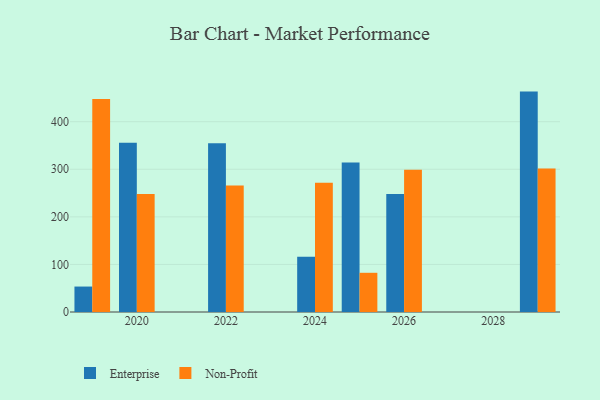
{"axis": {"x": "Year", "y": "Shipments"}, "legend": ["Enterprise", "Non-Profit"], "data": [{"x": "2026", "y": 248.0, "type": "Enterprise"}, {"x": "2026", "y": 298.9, "type": "Non-Profit"}, {"x": "2019", "y": 53.5, "type": "Enterprise"}, {"x": "2019", "y": 447.9, "type": "Non-Profit"}, {"x": "2029", "y": 463.3, "type": "Enterprise"}, {"x": "2029", "y": 301.5, "type": "Non-Profit"}, {"x": "2024", "y": 115.9, "type": "Enterprise"}, {"x": "2024", "y": 271.9, "type": "Non-Profit"}, {"x": "2022", "y": 354.9, "type": "Enterprise"}, {"x": "2022", "y": 265.7, "type": "Non-Profit"}, {"x": "2020", "y": 355.7, "type": "Enterprise"}, {"x": "2020", "y": 248.0, "type": "Non-Profit"}, {"x": "2025", "y": 314.3, "type": "Enterprise"}, {"x": "2025", "y": 82.4, "type": "Non-Profit"}]}